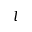
l